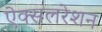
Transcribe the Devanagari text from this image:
ऐक्सलरेशन